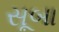
સૂબા